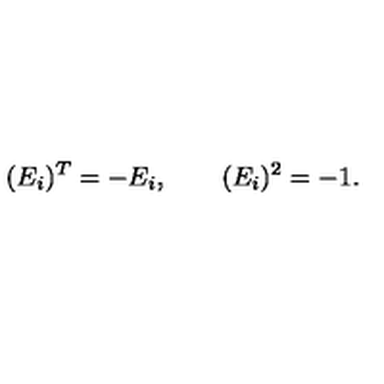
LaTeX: ( E _ { i } ) ^ { T } = - E _ { i } , \quad \quad ( E _ { i } ) ^ { 2 } = - 1 .